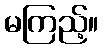
မကြည့်။